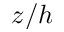
z / h